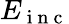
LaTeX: E_{\mathrm{~i~n~c~}}